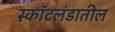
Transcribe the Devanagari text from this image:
स्कॉटलंडातील